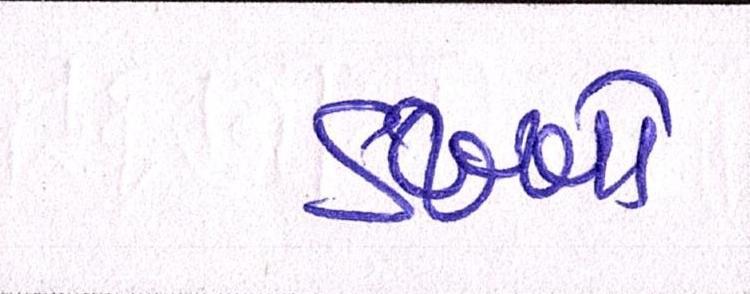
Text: ડખ્ખો